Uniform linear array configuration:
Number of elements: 4
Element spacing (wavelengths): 0.5
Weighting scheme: hann
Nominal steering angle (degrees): -60
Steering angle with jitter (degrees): -61.313
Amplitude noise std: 0.05
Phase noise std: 0.05

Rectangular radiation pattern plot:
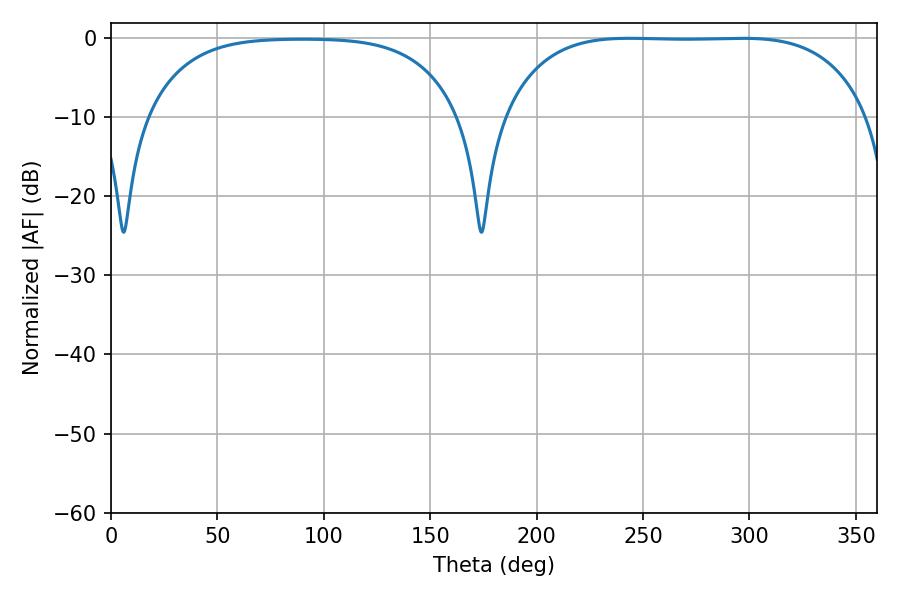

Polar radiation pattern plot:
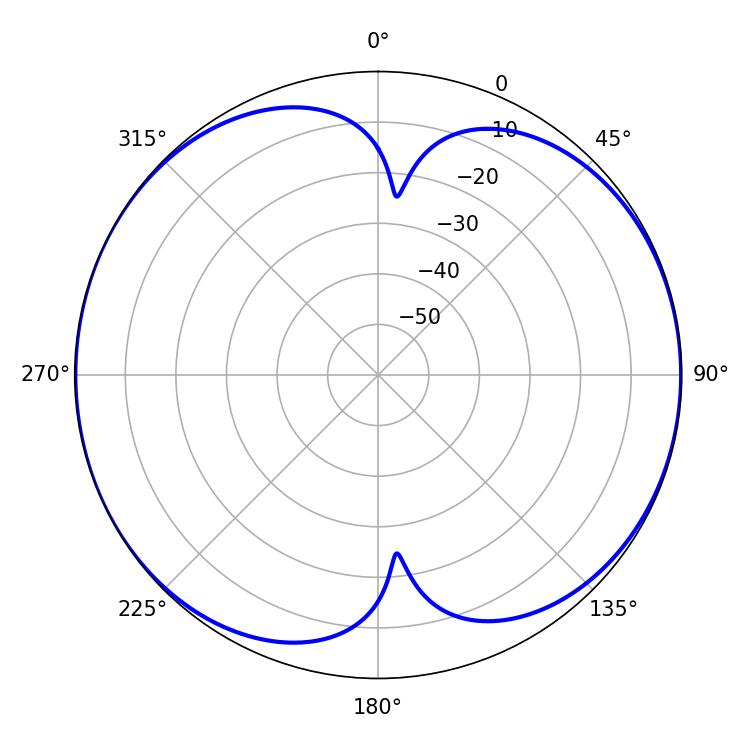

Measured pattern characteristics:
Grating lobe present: FALSE
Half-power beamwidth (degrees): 133.2
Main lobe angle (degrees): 243.72